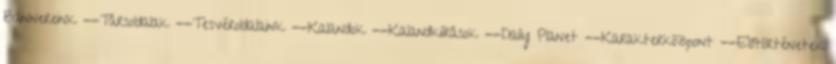
Bannereink --Társoldalak --Tesvéroldalaink --Kalandok --Kalandkiírások --Daily Planet --Karakterközpont --Előtörténetek